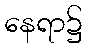
နေရာ၌